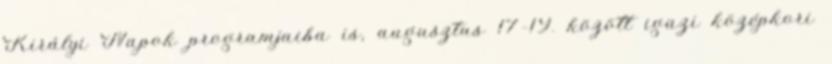
Királyi Napok programjaiba is, augusztus 17–19. között igazi középkori